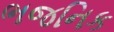
ભજનિક